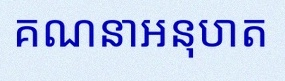
គណនាអនុបាត